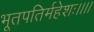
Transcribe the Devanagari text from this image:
भूतपतिर्महेशः।।।।